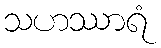
သဟဿာရံ